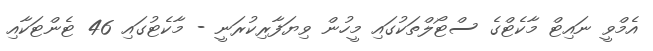
އެމްވީ ނައިޓް މާކެޓްގެ ސްޓޯލްތަކުގައި މީހުން ވިޔަފާރިކުރަނީ - މާކެޓުގައި 46 ޓެންޓަކާއި